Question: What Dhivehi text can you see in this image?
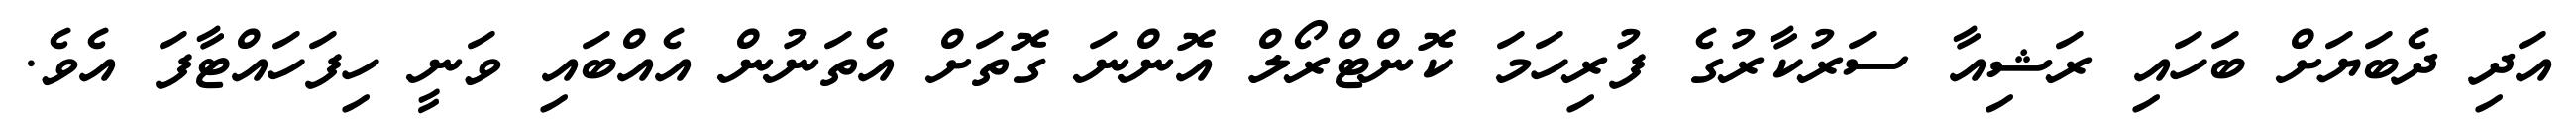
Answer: އަދި ދެބަޔަށް ބަހައި ރަޝިއާ ސަރުކާރުގެ ފުރިހަމަ ކޮންޓްރޯލް އޮންނަ ގޮތަށް އެތަނުން އެއްބައި ވަނީ ހިފަހައްޓާފަ އެވެ.